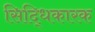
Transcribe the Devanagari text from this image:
सिद्धिकारक